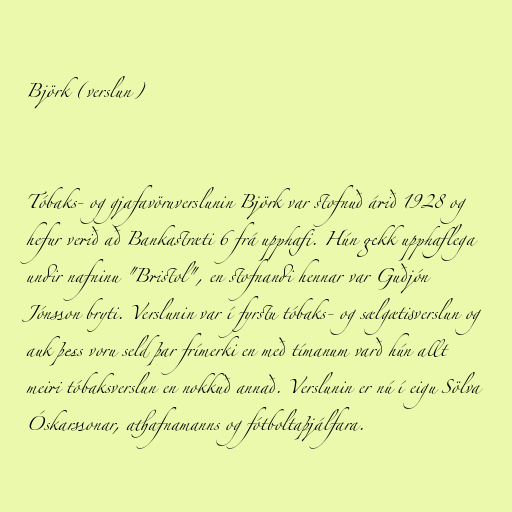
Björk (verslun)

Tóbaks- og gjafavöruverslunin Björk var stofnuð árið 1928 og
hefur verið að Bankastræti 6 frá upphafi. Hún gekk upphaflega
undir nafninu "Bristol", en stofnandi hennar var Guðjón
Jónsson bryti. Verslunin var í fyrstu tóbaks- og sælgætisverslun og
auk þess voru seld þar frímerki en með tímanum varð hún allt
meiri tóbaksverslun en nokkuð annað. Verslunin er nú í eigu Sölva
Óskarssonar, athafnamanns og fótboltaþjálfara.